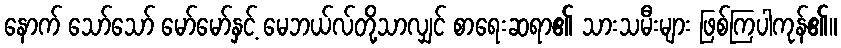
နောက် သော်သော် မော်မော်နှင့် မေဘယ်လ်တို့သာလျှင် စာရေးဆရာ၏ သားသမီးများ ဖြစ်ကြပါကုန်၏။